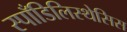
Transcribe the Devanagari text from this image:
स्पाँडिलिस्थेसिस